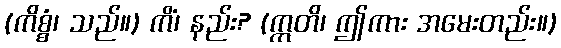
(ကိစ္စံ၊ သည်။) ကိံ၊ နည်း? (ဣတိ၊ ဤကား အမေးတည်း။)